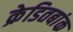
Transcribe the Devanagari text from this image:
क्रेडितबांक